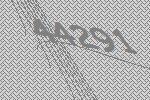
44291